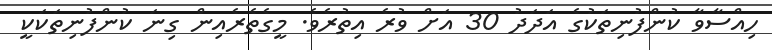
ހިއްސާވާ ކުންފުނިތަކުގެ އަދަދު 30 އަށް ވުރެ އިތުރެވެ. މީގެތެރެއިން ގިނަ ކުންފުނިތަކަކީ